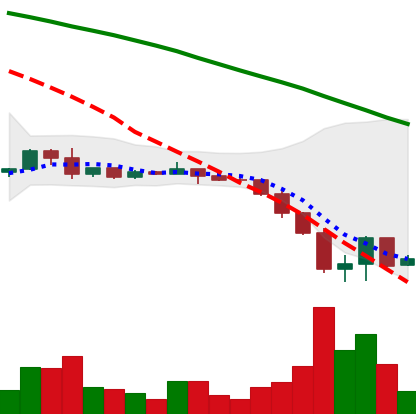
Ticker: DOGE-USD
Chart end date: 2022-06-17
Forward return: 8.274%
Label: up_7plus